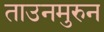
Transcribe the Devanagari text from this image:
ताउनमुरुन